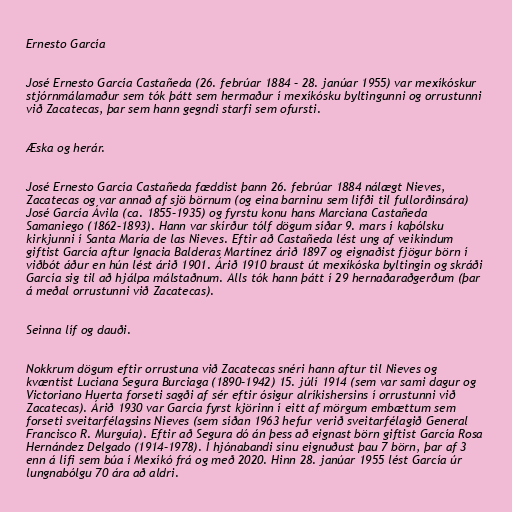
Ernesto García

José Ernesto García Castañeda (26. febrúar 1884 – 28. janúar 1955) var mexíkóskur
stjórnmálamaður sem tók þátt sem hermaður í mexíkósku byltingunni og orrustunni
við Zacatecas, þar sem hann gegndi starfi sem ofursti.

Æska og herár.

José Ernesto García Castañeda fæddist þann 26. febrúar 1884 nálægt Nieves,
Zacatecas og var annað af sjö börnum (og eina barninu sem lifði til fullorðinsára)
José García Ávila (ca. 1855–1935) og fyrstu konu hans Marciana Castañeda
Samaniego (1862–1893). Hann var skírður tólf dögum síðar 9. mars í kaþólsku
kirkjunni í Santa María de las Nieves. Eftir að Castañeda lést ung af veikindum
giftist García aftur Ignacia Balderas Martínez árið 1897 og eignaðist fjögur börn í
viðbót áður en hún lést árið 1901. Árið 1910 braust út mexíkóska byltingin og skráði
García sig til að hjálpa málstaðnum. Alls tók hann þátt í 29 hernaðaraðgerðum (þar
á meðal orrustunni við Zacatecas).

Seinna líf og dauði.

Nokkrum dögum eftir orrustuna við Zacatecas snéri hann aftur til Nieves og
kvæntist Luciana Segura Burciaga (1890–1942) 15. júlí 1914 (sem var sami dagur og
Victoriano Huerta forseti sagði af sér eftir ósigur alríkishersins í orrustunni við
Zacatecas). Árið 1930 var García fyrst kjörinn í eitt af mörgum embættum sem
forseti sveitarfélagsins Nieves (sem síðan 1963 hefur verið sveitarfélagið General
Francisco R. Murguía). Eftir að Segura dó án þess að eignast börn giftist García Rosa
Hernández Delgado (1914–1978). Í hjónabandi sínu eignuðust þau 7 börn, þar af 3
enn á lífi sem búa í Mexíkó frá og með 2020. Hinn 28. janúar 1955 lést García úr
lungnabólgu 70 ára að aldri.